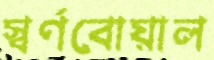
স্বর্ণবোয়াল